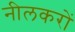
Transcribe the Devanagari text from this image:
नीलकरों